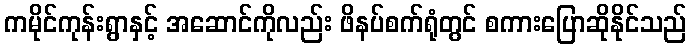
ကမိုင်ကုန်းရွာနှင့် အဆောင်ကိုလည်း ဖိနပ်စက်ရုံတွင် စကားပြောဆိုနိုင်သည်